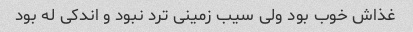
غذاش خوب بود ولی سیب زمینی ترد نبود و اندکی له بود